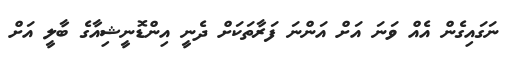
ނަގައިގެން އެއް ވަނަ އަށް އަންނަ ފަރާތަކަށް ދެނީ އިންޑޮނީޝިއާގެ ބާލީ އަށް